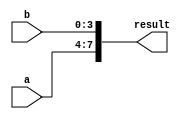
module concatenation_example(
    input [3:0] a,
    input [3:0] b,
    output reg [7:0] result
);

always @*
begin
    result = {a, b}; // Concatenation assign statement to combine variables a and b into result
end

endmodule